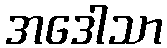
အဒေါသာ